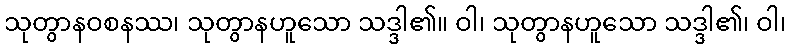
သုတွာနဝစနဿ၊ သုတွာနဟူသော သဒ္ဒါ၏။ ဝါ၊ သုတွာနဟူသော သဒ္ဒါ၏၊ ဝါ၊